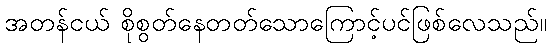
အတန်ငယ် စိုစွတ်နေတတ်သောကြောင့်ပင်ဖြစ်လေသည်။